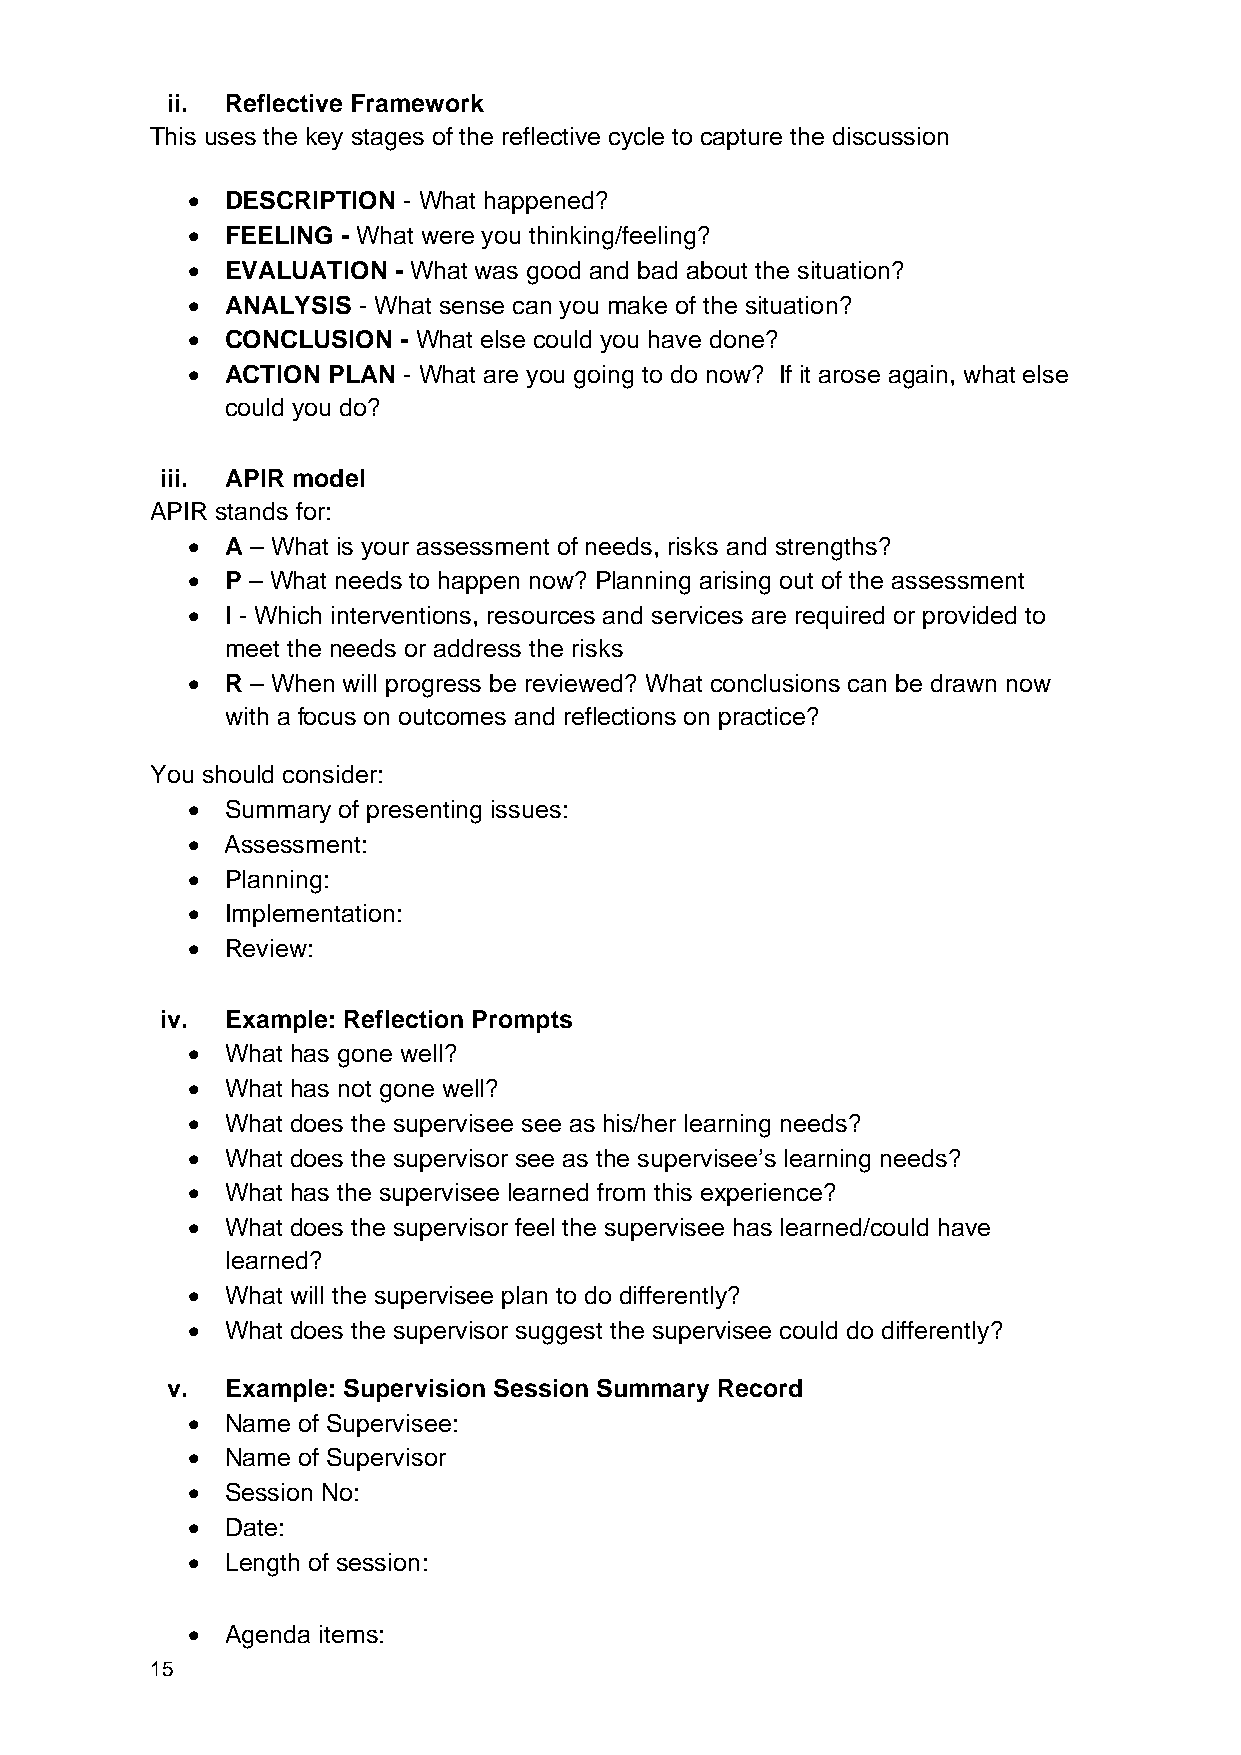
ii. Reflective Framework
 This uses the key stages of the reflective cycle to capture the discussion
 •  DESCRIPTION - What happened?
 •  FEELING - What were you thinking/feeling?
 •  EVALUATION - What was good and bad about the situation?
 •  ANALYSIS - What sense can you make of the situation?
 •  CONCLUSION - What else could you have done?
 •  ACTION PLAN - What are you going to do now? If it arose again, what else
 could you do?
 iii. APIR model
 APIR stands for:
 •  A – What is your assessment of needs, risks and strengths?
 •  P – What needs to happen now? Planning arising out of the assessment
 •  I - Which interventions, resources and services are required or provided to
 meet the needs or address the risks
 •  R – When will progress be reviewed? What conclusions can be drawn now
 with a focus on outcomes and reflections on practice?
 You should consider:
 •  Summary of presenting issues:
 •  Assessment:
 •  Planning:
 •  Implementation:
 •  Review:
 iv. Example: Reflection Prompts
 •  What has gone well?
 •  What has not gone well?
 •  What does the supervisee see as his/her learning needs?
 •  What does the supervisor see as the supervisee’s learning needs?
 •  What has the supervisee learned from this experience?
 •  What does the supervisor feel the supervisee has learned/could have
 learned?
 •  What will the supervisee plan to do differently?
 •  What does the supervisor suggest the supervisee could do differently?
 v.  Example: Supervision Session Summary Record
 •  Name of Supervisee:
 •  Name of Supervisor
 •  Session No:
 •  Date:
 •  Length of session:
 •  Agenda items:
 15